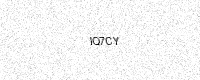
Text: IQ7CY